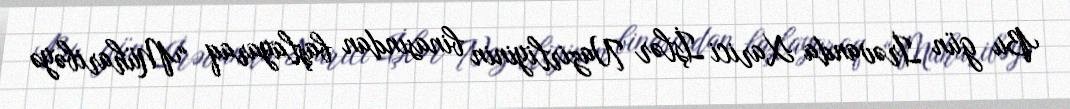
Bu gün İrəvanda Xarici İşlər Nazirliyinin binasından başlayaraq “Müharibəyə